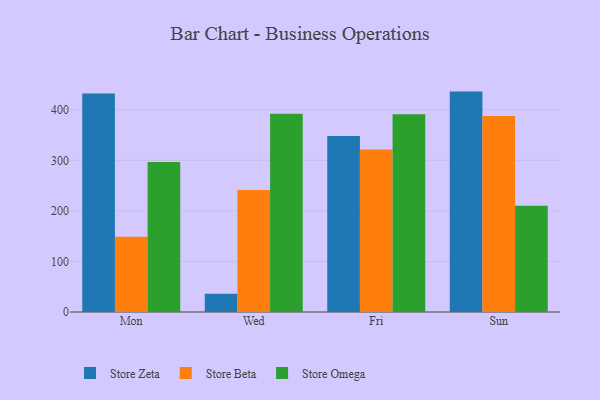
{"axis": {"x": "Day", "y": "Energy Usage (MWh)"}, "legend": ["Store Beta", "Store Omega", "Store Zeta"], "data": [{"x": "Mon", "y": 432.5, "type": "Store Zeta"}, {"x": "Mon", "y": 148.8, "type": "Store Beta"}, {"x": "Mon", "y": 296.6, "type": "Store Omega"}, {"x": "Wed", "y": 36.0, "type": "Store Zeta"}, {"x": "Wed", "y": 241.4, "type": "Store Beta"}, {"x": "Wed", "y": 392.3, "type": "Store Omega"}, {"x": "Fri", "y": 348.0, "type": "Store Zeta"}, {"x": "Fri", "y": 321.4, "type": "Store Beta"}, {"x": "Fri", "y": 391.4, "type": "Store Omega"}, {"x": "Sun", "y": 436.1, "type": "Store Zeta"}, {"x": "Sun", "y": 387.7, "type": "Store Beta"}, {"x": "Sun", "y": 210.4, "type": "Store Omega"}]}